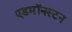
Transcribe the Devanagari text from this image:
एडमॉनस्टन